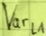
Text: Varl1